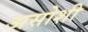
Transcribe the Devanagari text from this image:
असोशी